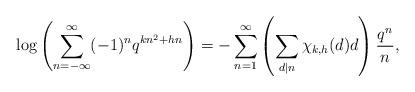
LaTeX: \begin{align*}\log\left(\sum^{\infty}_{n=-\infty}(-1)^nq^{kn^2+hn}\right)=-\sum^{\infty}_{n=1}\left(\sum_{d|n}\chi_{k,h}(d)d\right)\frac{q^n}{n},\end{align*}